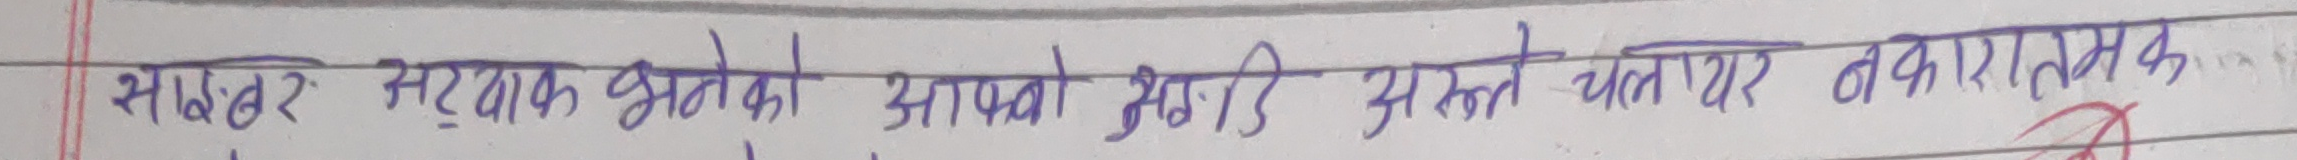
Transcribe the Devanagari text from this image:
शब्दहरु सदाभाव हुनेको आफ्नो क्षमताले चलाएर नकारात्मक